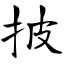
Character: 披